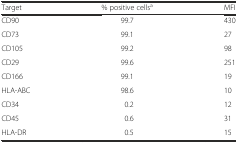
| Target | % positive cellsa | MFI |
 | --- | --- | --- |
 | CD90 | 99.7 | 430 |
 | CD73 | 99.1 | 27 |
 | CD105 | 99.2 | 98 |
 | CD29 | 99.6 | 251 |
 | CD166 | 99.1 | 19 |
 | HLA-ABC | 98.6 | 10 |
 | CD34 | 0.2 | 12 |
 | CD45 | 0.6 | 31 |
 | HLA-DR | 0.5 | 15 |